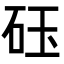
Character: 砡